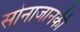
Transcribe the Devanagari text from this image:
सोनाजानकी